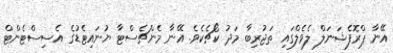
އޭނާ ޕްރޮފެޝަނަލް ލެވެލްގައި ތަޖުރިބާ މަދު ކޯޗެކެވެ. އޭނާ މެންޗެސްޓާ ޔުނައިޓެޑުގެ އެސިސްޓެންޓް